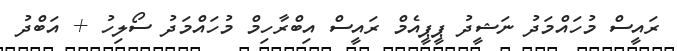
ރައީސް މުހައްމަދު ނަޝީދު ޕީޕީއެމް ރައީސް އިބްރާހިމް މުހައްމަދު ސޯލިހު + އަބްދު